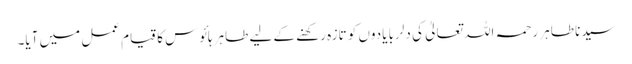
سیدنا طاہر رحمہ اللہ تعالیٰ کی دلربا یادوں کو تازہ رکھنے کے لیے طاہر ہائوس کا قیام عمل میں آیا۔